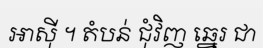
អាស៊ី ។ តំបន់ ជុំវិញ ឆ្នេរ ជា